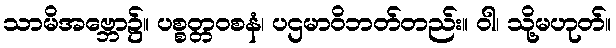
သာမိအဗ္ဘော၌။ ပစ္စတ္တဝစနံ၊ ပဌမာဝိဘတ်တည်း။ ဝါ၊ သို့မဟုတ်။